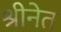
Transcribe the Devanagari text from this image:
श्रीनेत